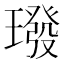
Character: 𪼠